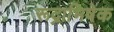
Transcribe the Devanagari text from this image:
रूद्राभिषेक